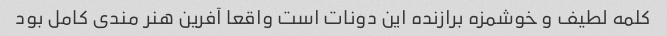
کلمه لطیف و خوشمزه برازنده این دونات است واقعا آفرین هنر مندی کامل بود